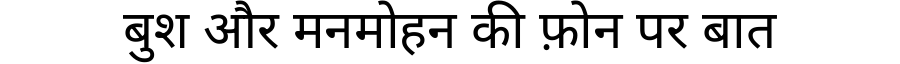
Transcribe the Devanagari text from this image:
बुश और मनमोहन की फ़ोन पर बात